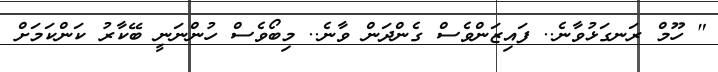
" ހޫމް ރަނގަޅުވާނެ.. ފައިޒަންވެސް ގެންދަން ވާނެ.. މިބޯވެސް ހުންނަނީ ބޭކާރު ކަންކަމަށް